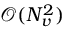
\mathcal { O } ( N _ { v } ^ { 2 } )